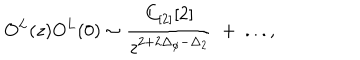
LaTeX: O ^ { L } ( z ) O ^ { L } ( 0 ) \sim { \frac { C _ { [ 2 ] } [ 2 ] } { z ^ { 2 + 2 \Delta _ { \phi } - \Delta _ { 2 } } } } ~ + ~ . . . ,